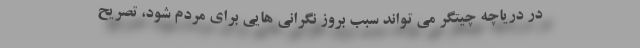
در دریاچه چیتگر می تواند سبب بروز نگرانی هایی برای مردم شود، تصریح